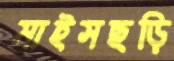
মাইসছড়ি